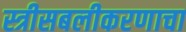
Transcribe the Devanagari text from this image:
स्त्रीसबलीकरणाचा